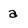
Character: a